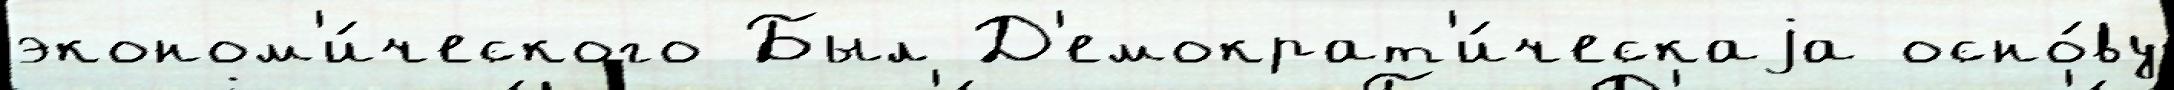
эконом'и́ческого Был Д'емократ'и́ческаjа осно́ву